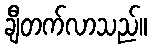
ချီတက်လာသည်။